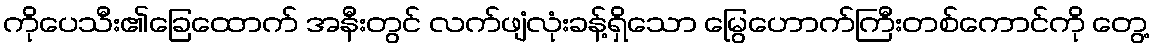
ကိုပေသီး၏ခြေထောက် အနီးတွင် လက်ဖျံလုံးခန့်ရှိသော မြွေဟောက်ကြီးတစ်ကောင်ကို တွေ့